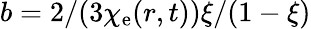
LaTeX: b=2/(3\chi_{\mathrm{e}}(r,t))\xi/(1-\xi)